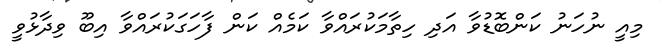
މިއީ ނުހަނު ކަންބޮޑުވާ އަދި ހިތާމަކުރައްވާ ކަމެއް ކަން ފާހަގަކުރައްވާ އިބޫ ވިދާޅުވީ